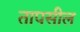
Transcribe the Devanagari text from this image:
तापसील